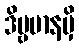
ဒိဗ္ဗမာနမှိ